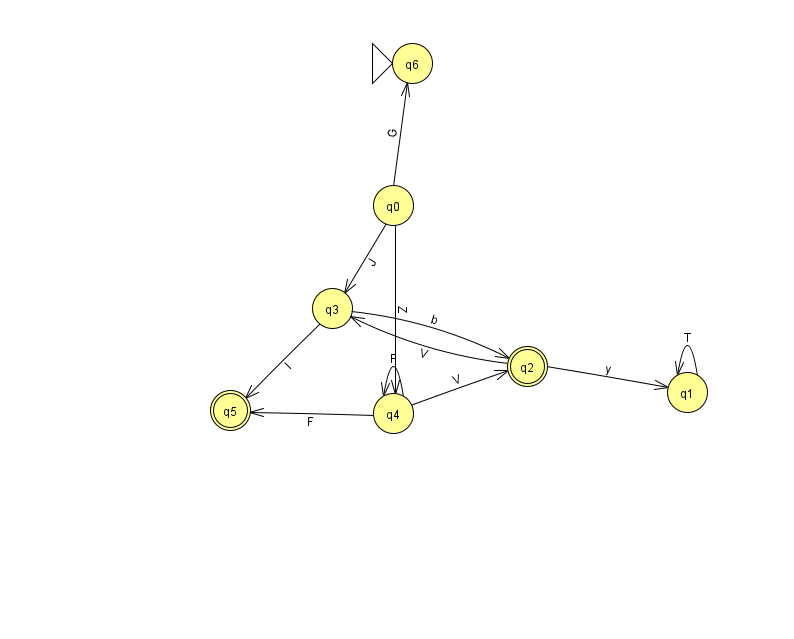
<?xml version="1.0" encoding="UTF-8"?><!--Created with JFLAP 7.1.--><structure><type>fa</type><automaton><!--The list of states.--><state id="0" name="q0"><x>393.0</x><y>192.0</y></state><state id="1" name="q1"><x>687.0</x><y>379.0</y></state><state id="2" name="q2"><x>527.0</x><y>353.0</y><final/></state><state id="3" name="q3"><x>332.0</x><y>295.0</y></state><state id="4" name="q4"><x>393.0</x><y>400.0</y></state><state id="5" name="q5"><x>230.0</x><y>397.0</y><final/></state><state id="6" name="q6"><x>412.0</x><y>50.0</y><initial/></state><!--The list of transitions.--><transition><from>3</from><to>2</to><read>b</read></transition><transition><from>2</from><to>1</to><read>y</read></transition><transition><from>1</from><to>1</to><read>T</read></transition><transition><from>2</from><to>3</to><read>V</read></transition><transition><from>0</from><to>6</to><read>G</read></transition><transition><from>4</from><to>4</to><read>F</read></transition><transition><from>0</from><to>3</to><read>J</read></transition><transition><from>0</from><to>4</to><read>Z</read></transition><transition><from>3</from><to>5</to><read>l</read></transition><transition><from>4</from><to>5</to><read>F</read></transition><transition><from>4</from><to>2</to><read>V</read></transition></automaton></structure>